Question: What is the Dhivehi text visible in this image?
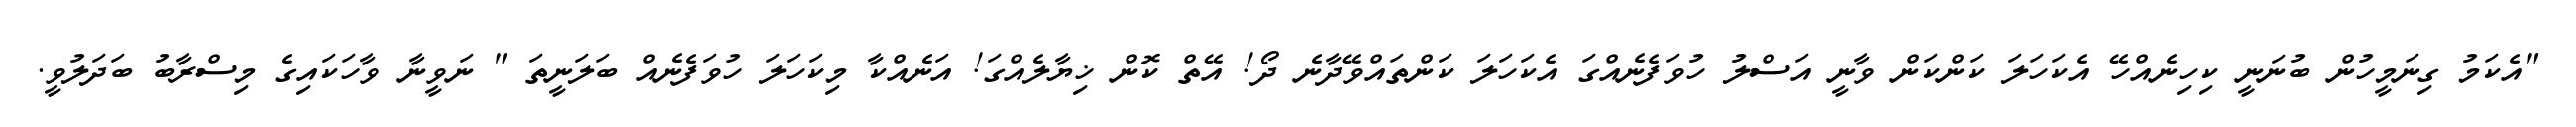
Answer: "އެކަމު ގިނަމީހުން ބުނަނީ ކިހިނެއްހޭ އެކަހަލަ ކަންކަން ވާނީ އަސްލު ހުވަފެނެއްގަ އެކަހަލަ ކަންތައްވޭދާނެ ދޯ! އޭތް ކޮން ޚިޔާލެއްގަ! އަނެއްކާ މިކަހަލަ ހުވަފެނެއް ބަލަނީތަ " ނަވީނާ ވާހަކައިގެ މިސްރާބު ބަދަލުވީ.